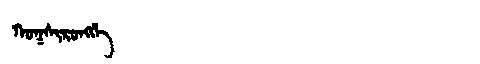
Manchu: ᡴᠣᡴᠰᡳᡵᠣᠩᡤᡝ
Romanization: KOKSIRONGGE